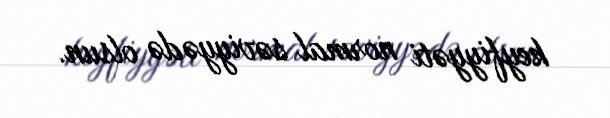
keyfiyyəti normal səviyyədə olsun.